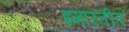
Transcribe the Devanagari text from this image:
इमारतीत